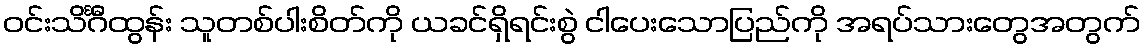
ဝင်းသိင်္ဂီထွန်း သူတစ်ပါးစိတ်ကို ယခင်ရှိရင်းစွဲ ငါပေးသောပြည်ကို အရပ်သားတွေအတွက်